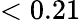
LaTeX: <0.21